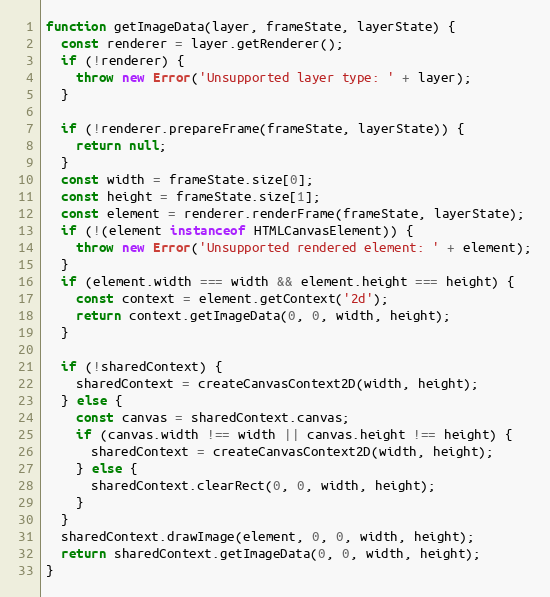
Language: JavaScript
function getImageData(layer, frameState, layerState) {
  const renderer = layer.getRenderer();
  if (!renderer) {
    throw new Error('Unsupported layer type: ' + layer);
  }

  if (!renderer.prepareFrame(frameState, layerState)) {
    return null;
  }
  const width = frameState.size[0];
  const height = frameState.size[1];
  const element = renderer.renderFrame(frameState, layerState);
  if (!(element instanceof HTMLCanvasElement)) {
    throw new Error('Unsupported rendered element: ' + element);
  }
  if (element.width === width && element.height === height) {
    const context = element.getContext('2d');
    return context.getImageData(0, 0, width, height);
  }

  if (!sharedContext) {
    sharedContext = createCanvasContext2D(width, height);
  } else {
    const canvas = sharedContext.canvas;
    if (canvas.width !== width || canvas.height !== height) {
      sharedContext = createCanvasContext2D(width, height);
    } else {
      sharedContext.clearRect(0, 0, width, height);
    }
  }
  sharedContext.drawImage(element, 0, 0, width, height);
  return sharedContext.getImageData(0, 0, width, height);
}